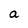
Character: a